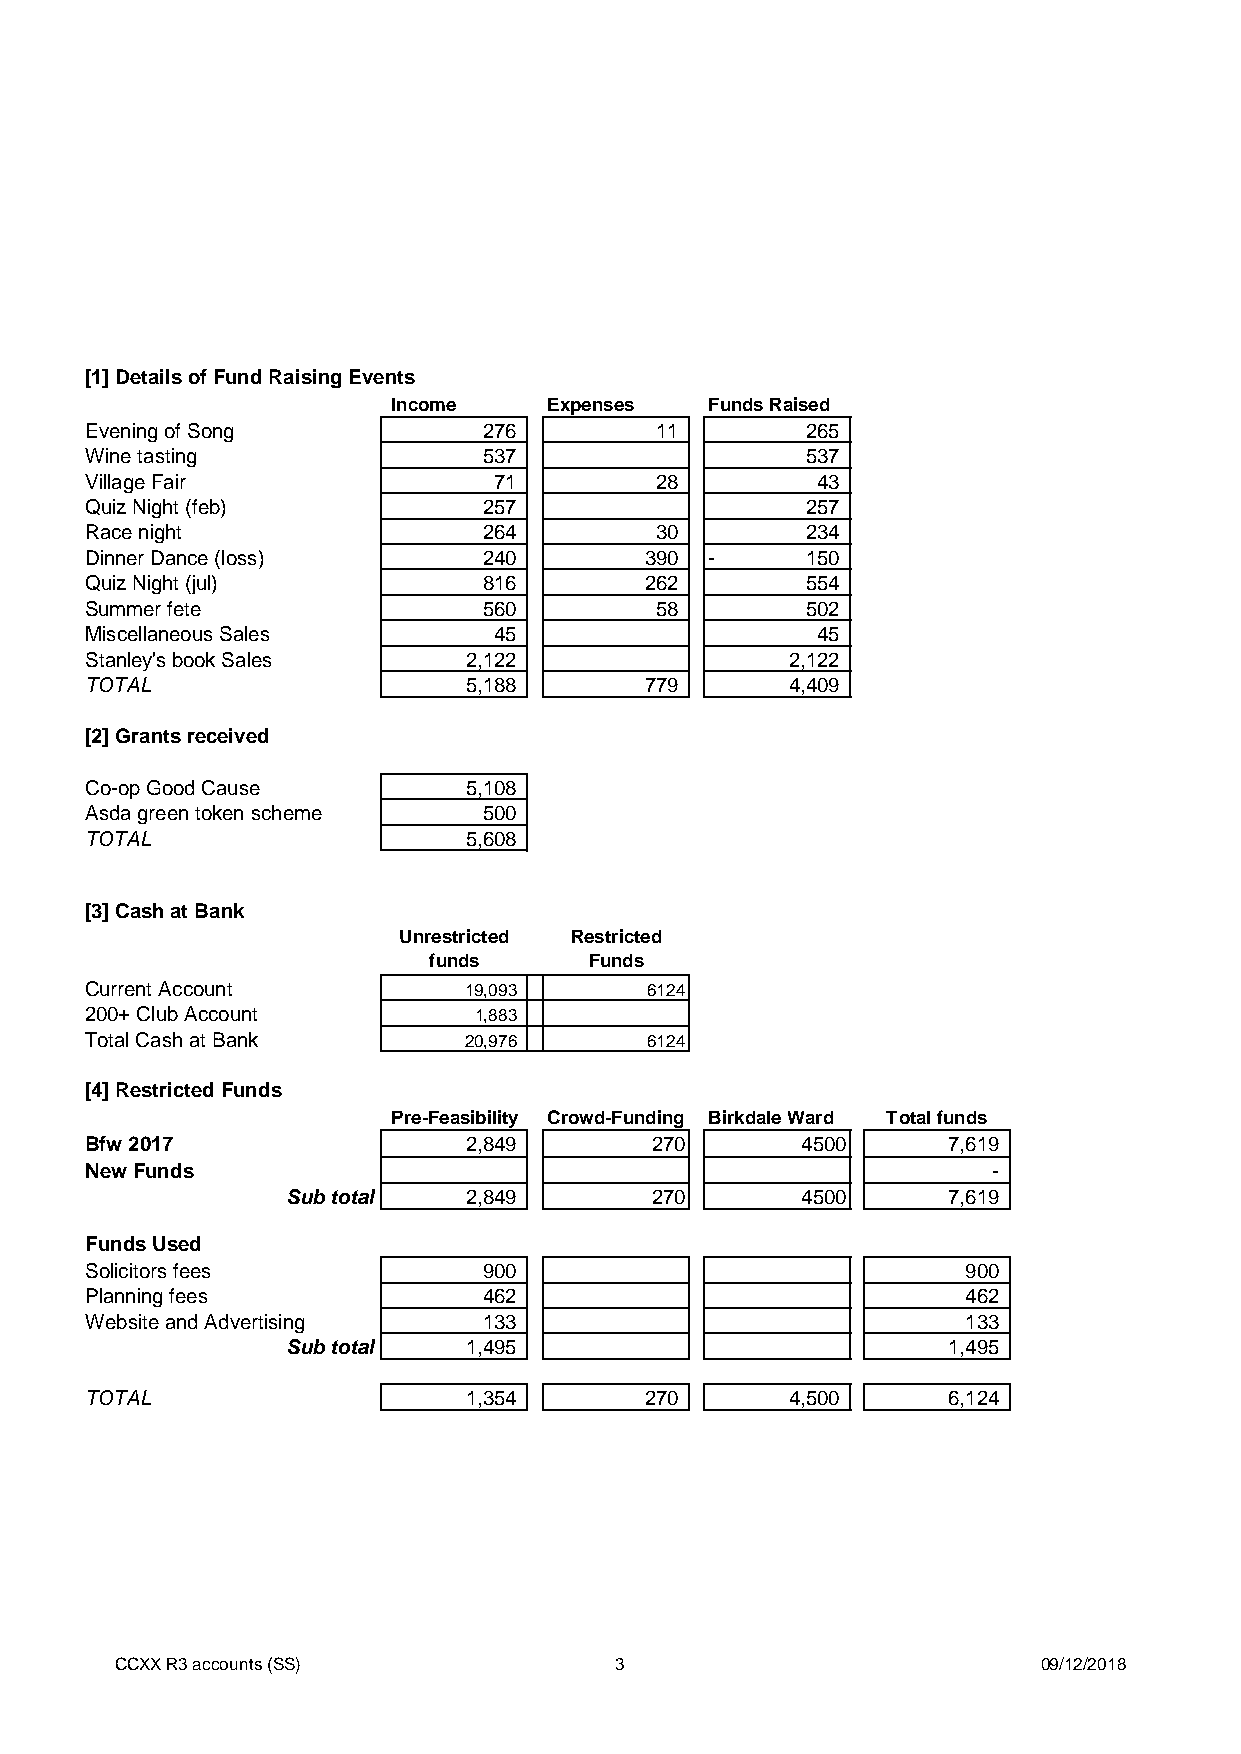
[1] Details of Fund Raising Events
 Income    Expenses   Funds Raised
 Evening of Song           276        11        265
 Wine tasting              537                  537
 Village Fair               71        28         43
 Quiz Night (feb)          257                  257
 Race night                264        30        234
 Dinner Dance (loss)       240        390 -     150
 Quiz Night (jul)          816        262       554
 Summer fete               560        58        502
 Miscellaneous Sales        45                   45
 Stanley's book Sales     2,122                2,122
 TOTAL                    5,188       779      4,409
 [2] Grants received
 Co-op Good Cause         5,108
 Asda green token scheme   500
 TOTAL                    5,608
 [3] Cash at Bank
 Unrestricted Restricted
 funds      Funds
 Current Account          19,093      6124
 200+ Club Account        1,883
 Total Cash at Bank       20,976      6124
 [4] Restricted Funds
 Pre-Feasibility Crowd-Funding Birkdale Ward Total funds
 Bfw 2017                 2,849       270       4500      7,619
 New Funds                                                   -
 Sub total   2,849       270       4500      7,619
 Funds Used
 Solicitors fees           900                             900
 Planning fees             462                             462
 Website and Advertising   133                             133
 Sub total   1,495                           1,495
 TOTAL                    1,354       270      4,500      6,124
 CCXX R3 accounts (SS)            3                           09/12/2018